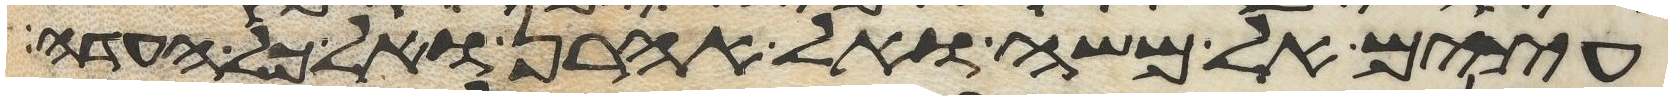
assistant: עצים אל משה ואל אהרן ואל כל העדה